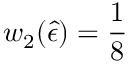
w _ { 2 } ( \hat { \epsilon } ) = \frac { 1 } { 8 }